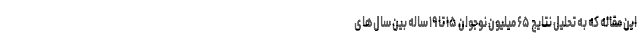
این مقاله که به تحلیل نتایج ۶۵ میلیون نوجوان ۱۵ تا ۱۹ ساله بین سال‌های